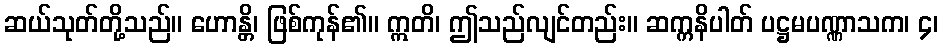
ဆယ်သုတ်တို့သည်။ ဟောန္တိ၊ ဖြစ်ကုန်၏။ ဣတိ၊ ဤသည်လျင်တည်း။ ဆက္ကနိပါတ် ပဋ္ဌမပဏ္ဏာသက၊ ၄၊